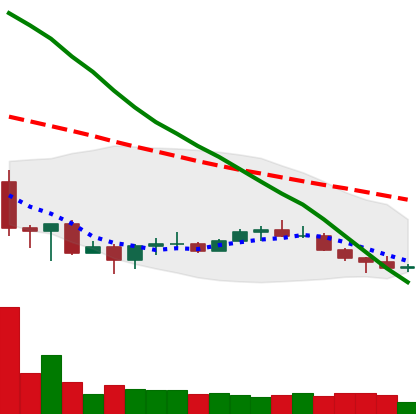
Ticker: NEO-USD
Chart end date: 2022-07-02
Forward return: 12.525%
Label: up_7plus